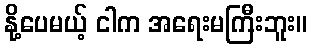
နို့ပေမယ့် ငါက အရေးမကြီးဘူး။